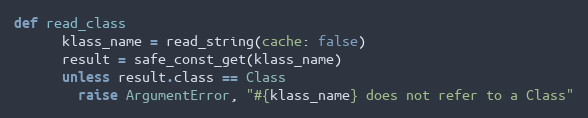
Language: Ruby
def read_class
      klass_name = read_string(cache: false)
      result = safe_const_get(klass_name)
      unless result.class == Class
        raise ArgumentError, "#{klass_name} does not refer to a Class"